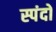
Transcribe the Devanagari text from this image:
स्‍पंदों